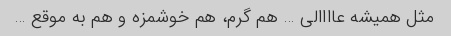
مثل همیشه عاااالی … هم گرم، هم خوشمزه و هم به موقع …